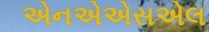
એનએએસએલ